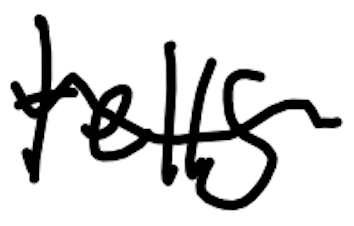
Text: tells
Cross-out: mix
Writing tool: digital_black